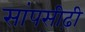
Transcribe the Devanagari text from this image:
सांपसीढ़ी